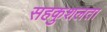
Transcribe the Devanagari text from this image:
सहकुशलता